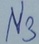
Text: N3